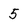
Character: 5